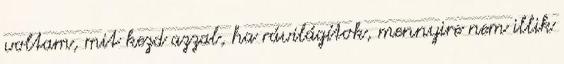
voltam, mit kezd azzal, ha rávilágítok, mennyire nem illik